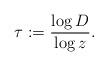
LaTeX: \begin{align*}\tau := \frac{\log D}{\log z}. \end{align*}